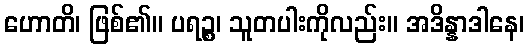
ဟောတိ၊ ဖြစ်၏။ ပရဉ္စ၊ သူတပါးကိုလည်း။ အဒိန္နာဒါနေ၊